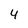
Character: 4